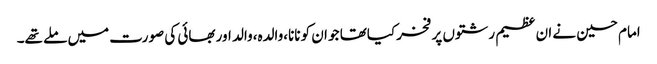
امام حسین نے ان عظیم رشتوں پر فخر کیاتھا جو ان کو نانا،والدہ،والد اور بھائی کی صورت میں ملے تھے۔